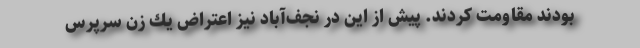
بودند مقاومت كردند. پيش از اين در نجف‌آباد نيز اعتراض يك زن سرپرس